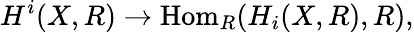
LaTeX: H^{i}(X,R)\to\operatorname{Hom}_{R}(H_{i}(X,R),R),